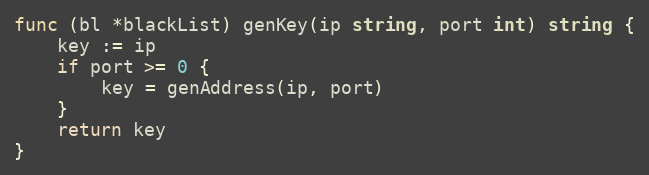
Language: Go
func (bl *blackList) genKey(ip string, port int) string {
	key := ip
	if port >= 0 {
		key = genAddress(ip, port)
	}
	return key
}